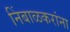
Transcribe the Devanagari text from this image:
निंबाळकरांना